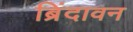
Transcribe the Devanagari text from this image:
ब्रिंदावन